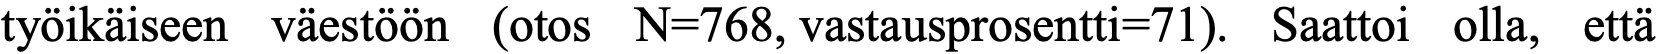
työikäiseen väestöön (otos N=768, vastausprosentti=71). Saattoi olla, että